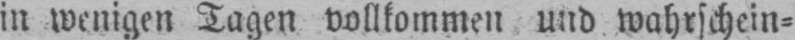
in wenigen Tagen vollkommen und wahrschein⸗